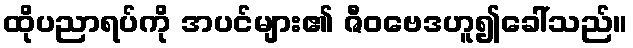
ထိုပညာရပ်ကို အပင်များ၏ ဇီဝဗေဒဟူ၍ခေါ်သည်။